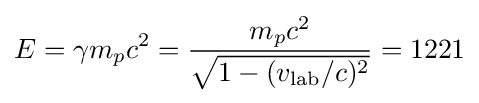
E=\gamma m_{p}c^{2}={\frac {m_{p}c^{2}}{\sqrt {1-(v_{\text{lab}}/c)^{2}}}}=1221